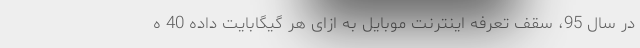
در سال 95، سقف تعرفه اینترنت موبایل به ازای هر گیگابایت داده 40 ه